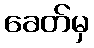
ခေတ်မှ